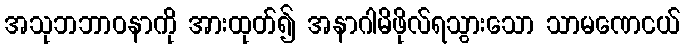
အသုဘဘာဝနာကို အားထုတ်၍ အနာဂါမိဖိုလ်ရသွားသော သာမဏေငယ်